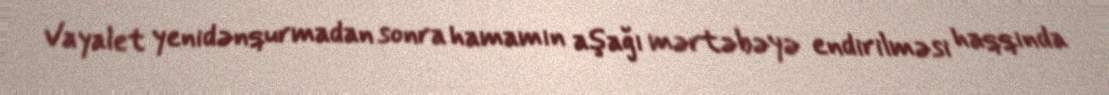
Vayalet yenidənqurmadan sonra hamamın aşağı mərtəbəyə endirilməsi haqqında